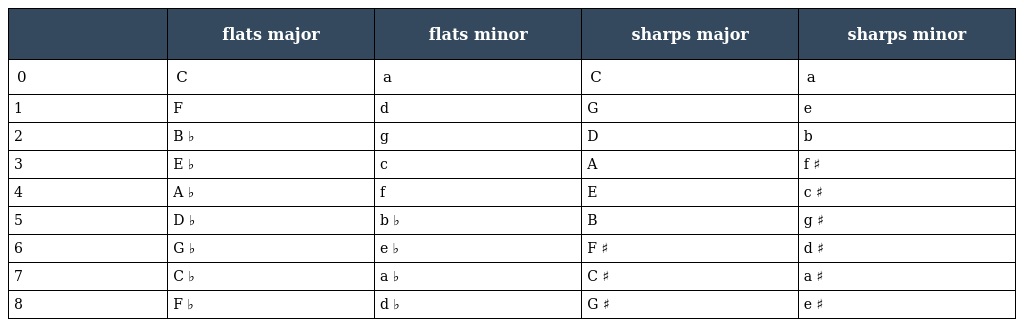
|  | flats major | flats minor | sharps major | sharps minor |
 | --- | --- | --- | --- | --- |
 | 0 | C | a | C | a |
 | 1 | F | d | G | e |
 | 2 | B ♭ | g | D | b |
 | 3 | E ♭ | c | A | f ♯ |
 | 4 | A ♭ | f | E | c ♯ |
 | 5 | D ♭ | b ♭ | B | g ♯ |
 | 6 | G ♭ | e ♭ | F ♯ | d ♯ |
 | 7 | C ♭ | a ♭ | C ♯ | a ♯ |
 | 8 | F ♭ | d ♭ | G ♯ | e ♯ |